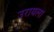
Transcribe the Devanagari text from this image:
उरायला